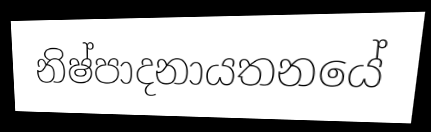
නිෂ්පාදනායතනයේ